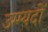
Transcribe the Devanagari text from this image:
उम्म्यदों